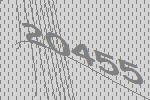
20455